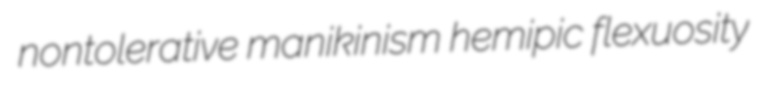
nontolerative manikinism hemipic flexuosity